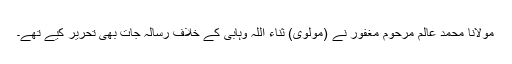
مولانا محمد عالم مرحوم مغفور نے (مولوی) ثناء اللہ وہابی کے خلاف رسالہ جات بھی تحریر کیے تھے۔